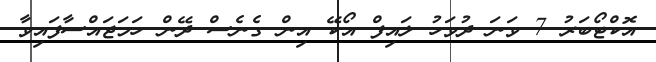
އޮކްޓޯބަރު 7 ވަނަ ދުވަހު ލައިފް އޯކޭ އިން ގެނެސް ދޭން ހަމަޖައްސާފައިވާ